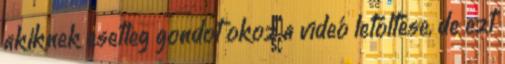
akiknek esetleg gondot okoz a videó letöltése, de ezt